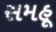
સમહૂ